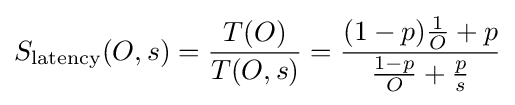
S_{\text{latency}}(O,s)={\frac {T(O)}{T(O,s)}}={\frac {(1-p){\frac {1}{O}}+{p}}{{\frac {1-p}{O}}+{\frac {p}{s}}}}